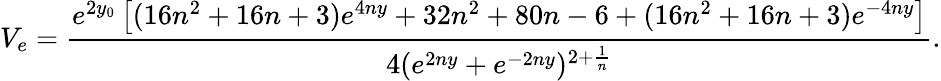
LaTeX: V_{e}=\frac{e^{2y_{0}}\left[(16n^{2}+16n+3)e^{4ny}+32n^{2}+80n-6+(16n^{2}+16n+3)e^{-4ny}\right]}{4(e^{2ny}+e^{-2ny})^{2+\frac{1}{n}}}.